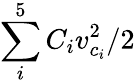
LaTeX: \sum_{i}^{5}C_{i}v_{c_{i}}^{2}/2